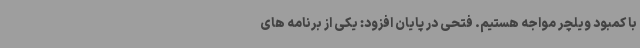
با کمبود ویلچر مواجه هستیم. فتحی در پایان افزود: یکی از برنامه های